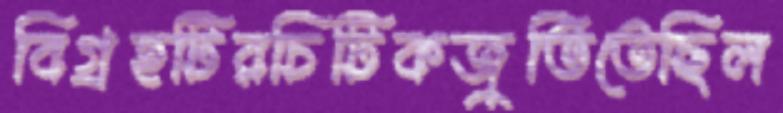
বিগ্রহটিরচিটিকজুতিতেছিল